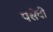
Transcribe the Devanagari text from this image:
पसेवी